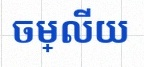
ចម្លើយ